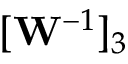
[ \mathbf { W } ^ { - 1 } ] _ { 3 }